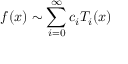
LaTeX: f ( x ) \sim \sum _ { i = 0 } ^ { \infty } c _ { i } T _ { i } ( x )